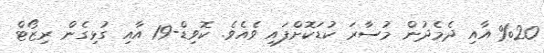
%20 އާއި ދެމެދުން މުސާރަ ކުޑަކޮށްފައި ވެއެވެ. ކޮވިޑް-19 އާއި ގުޅިގެން ރިޒޯޓް